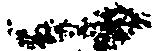
一